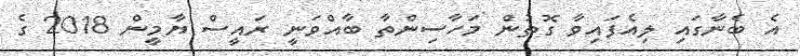
އެ ބެނާގައި ލިއެފަައިވާ ގޮތުން މަހާސިންތާ ބާއްވަނީ ރައީސް ޔާމީން 2018 ގެ